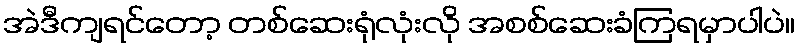
အဲဒီကျရင်တော့ တစ်ဆေးရုံလုံးလို အစစ်ဆေးခံကြရမှာပါပဲ။